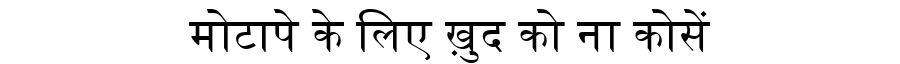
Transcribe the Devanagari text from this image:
मोटापे के लिए ख़ुद को ना कोसें